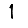
Digit: 1